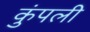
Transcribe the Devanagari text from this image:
कुंपली